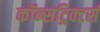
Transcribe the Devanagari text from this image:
कॉन्सट्रिक्टर्स